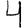
Digit: 4